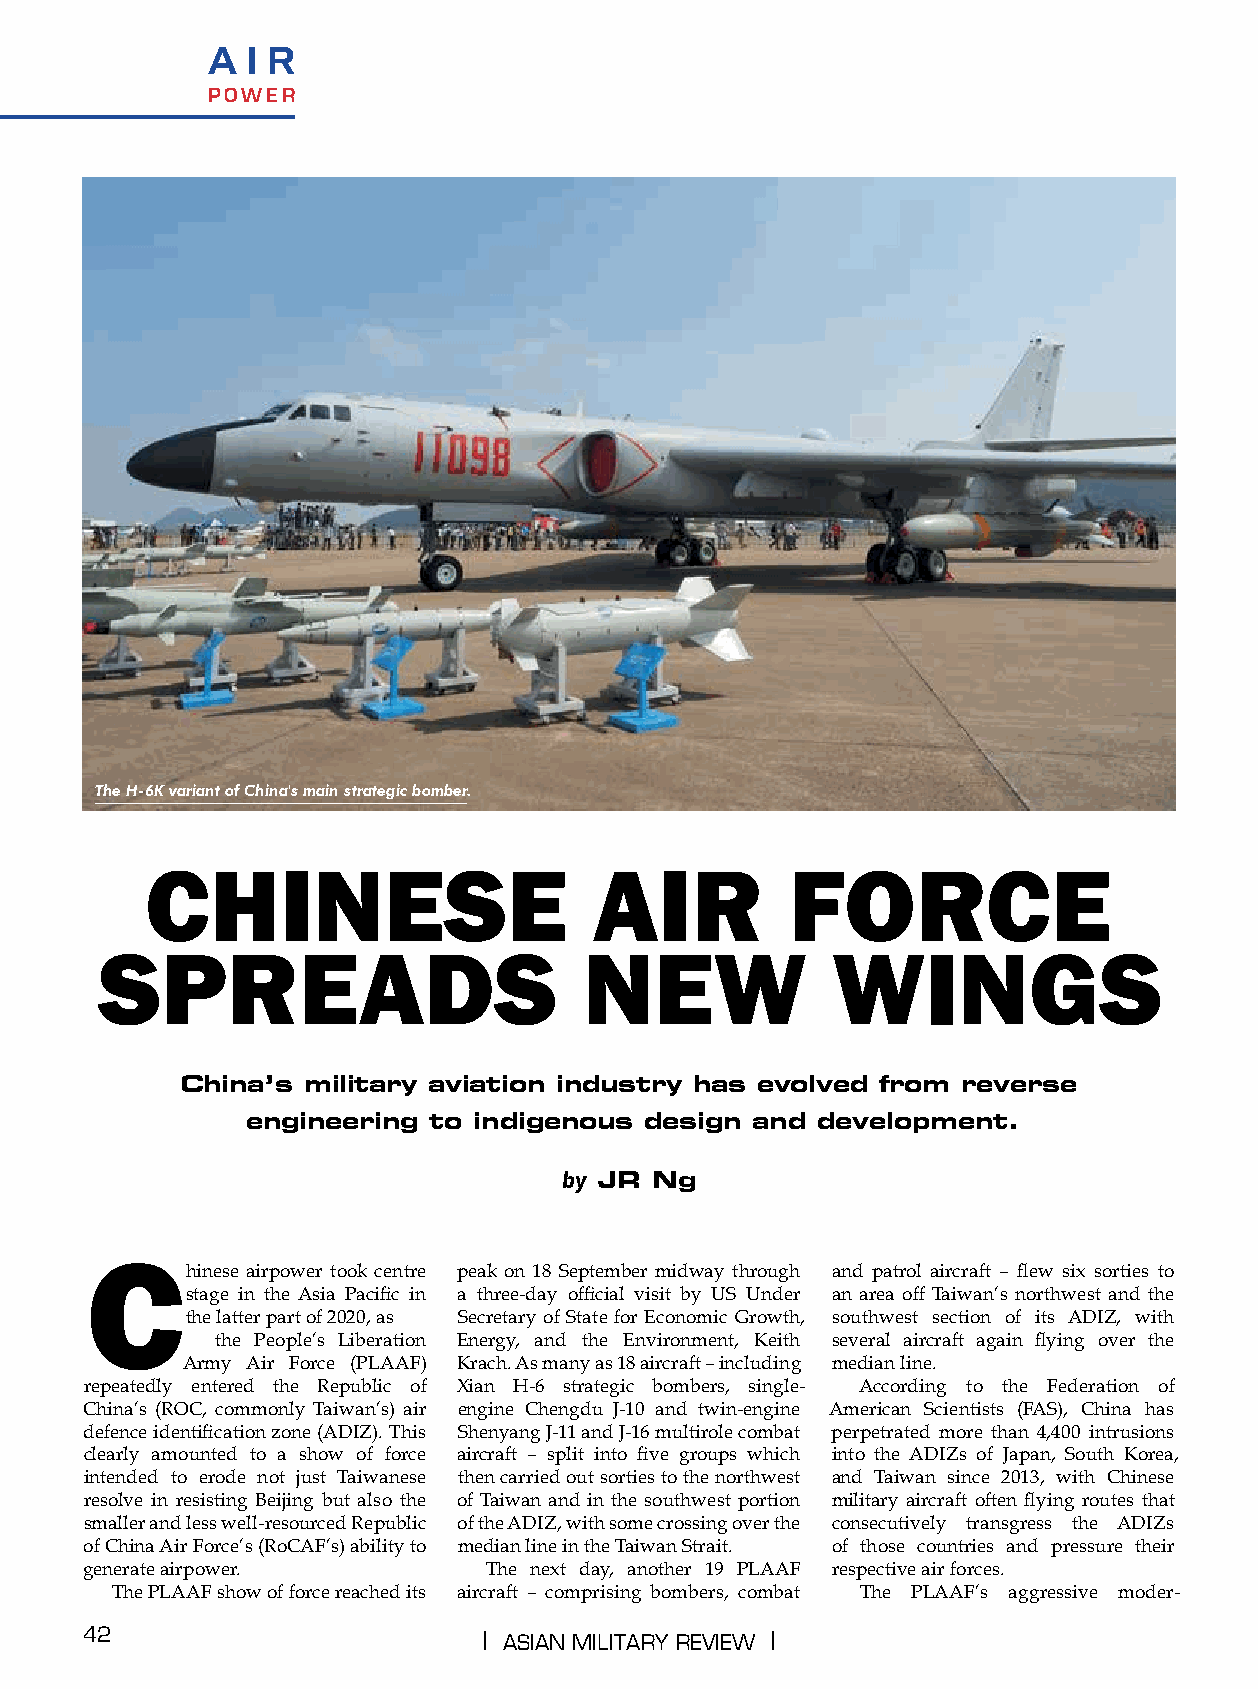
A I R
 power
 The H-6K variant of China's main strategic bomber.
 CHINESE                      AIR          FORCE
 SPREADS                         NEW             WINGS
 China’s military aviation industry has evolved from reverse
 engineering to indigenous  design and development.
 by JR Ng
 Chinese   airpower took centre peak on 18 September midway through and patrol aircraft – flew six sorties to
 stage in the Asia Pacific in a three-day official visit by US Under an area off Taiwan’s northwest and the
 the latter part of 2020, as Secretary of State for Economic Growth, southwest section of its ADIZ, with
 the People’s Liberation Energy, and the Environment, Keith several aircraft again flying over the
 Army Air Force (PLAAF) Krach. As many as 18 aircraft – including median line.
 repeatedly entered the Republic of Xian H-6 strategic bombers, single- According to the Federation of
 China’s (ROC, commonly Taiwan’s) air engine Chengdu J-10 and twin-engine American Scientists (FAS), China has
 defence identification zone (ADIZ). This Shenyang J-11 and J-16 multirole combat perpetrated more than 4,400 intrusions
 clearly amounted to a show of force aircraft – split into five groups which into the ADIZs of Japan, South Korea,
 intended to erode not just Taiwanese then carried out sorties to the northwest and Taiwan since 2013, with Chinese
 resolve in resisting Beijing but also the of Taiwan and in the southwest portion military aircraft often flying routes that
 smaller and less well-resourced Republic of the ADIZ, with some crossing over the consecutively transgress the ADIZs
 of China Air Force’s (RoCAF’s) ability to median line in the Taiwan Strait. of those countries and pressure their
 generate airpower.         The next day, another 19 PLAAF respective air forces.
 The PLAAF show of force reached its aircraft – comprising bombers, combat The PLAAF’s aggressive moder-
 42                         | AsiAn MilitAry review |